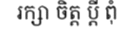
រក្សា ចិត្ត ប្តី ពុំ